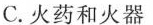
C.火药和火器